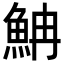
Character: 𩶎